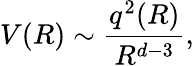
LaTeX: V(R)\sim\frac{q^{2}(R)}{R^{d-3}},